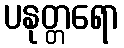
ပနုတ္တရော